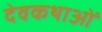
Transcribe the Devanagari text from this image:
देवकथाओं